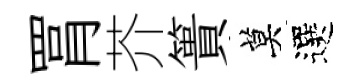
罥芥簣莫選